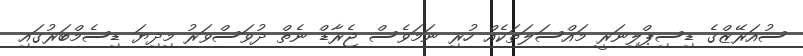
ސުއަރޭޒްގެ ޑިސިޕްލިނަރީ މައްސަލަތަކެއް ހުރި ނަމަވެސް ޖެރާޑް ނެތް ދުވަސްވަރު މިދިޔަ ޑިސެމްބަރުގައި